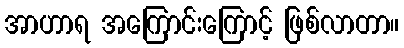
အာဟာရ အကြောင်းကြောင့် ဖြစ်လာတာ။